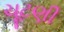
ચૂટણી